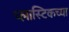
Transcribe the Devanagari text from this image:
प्लास्टिकच्या